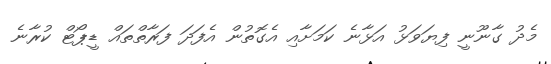
މެދު ގާނޫނީ ފިޔަވަޅު އަޅާނެ ކަމަށާއި އެގޮތުން އެފަދަ ފަރާތްތައް ޑީޕޯޓް ކުރާނެ